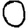
Digit: 0